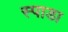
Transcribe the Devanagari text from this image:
स्पाडा